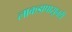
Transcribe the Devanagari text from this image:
लाकडापासूनही